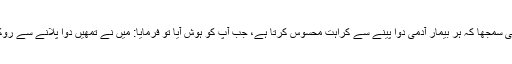
ہم نے یہی سمجھا کہ ہر بیمار آدمی دوا پینے سے کراہت محسوس کرتا ہے، جب آپ کو ہوش آیا تو فرمایا: میں نے تمھیں دوا پلانے سے روکا نہ تھا۔